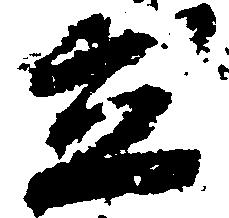
立